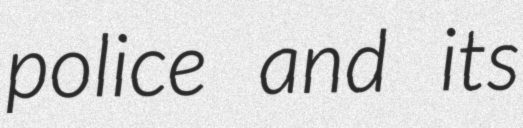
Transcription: police and its